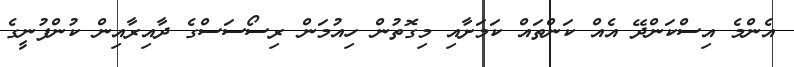
އެންމެ އިސްކަންދޭ އެއް ކަންތައް ކަމަށާއި މިގޮތުން ހިއުމަން ރިސޯސަސްގެ ދާއިރާއިން ކުންފުނީގެ